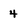
Character: 4